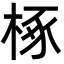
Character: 椓